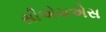
સીએચએસ